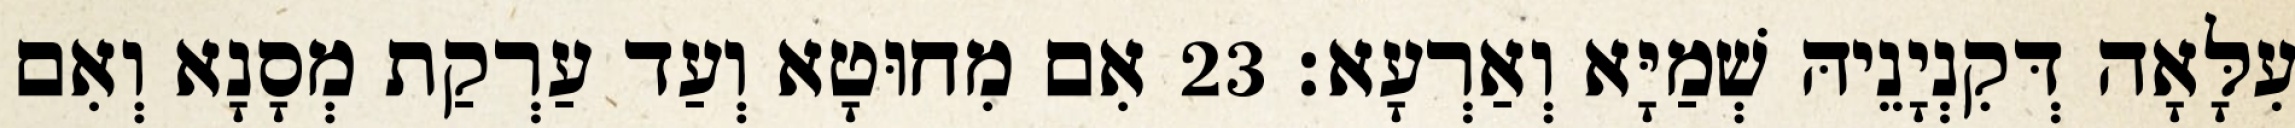
עִלָּאָה דְּקִנְיָנֵיהּ שְׁמַיָּא וְאַרְעָא׃ 23 אִם מִחוּטָא וְעַד עַרְקַת מְסָנָא וְאִם